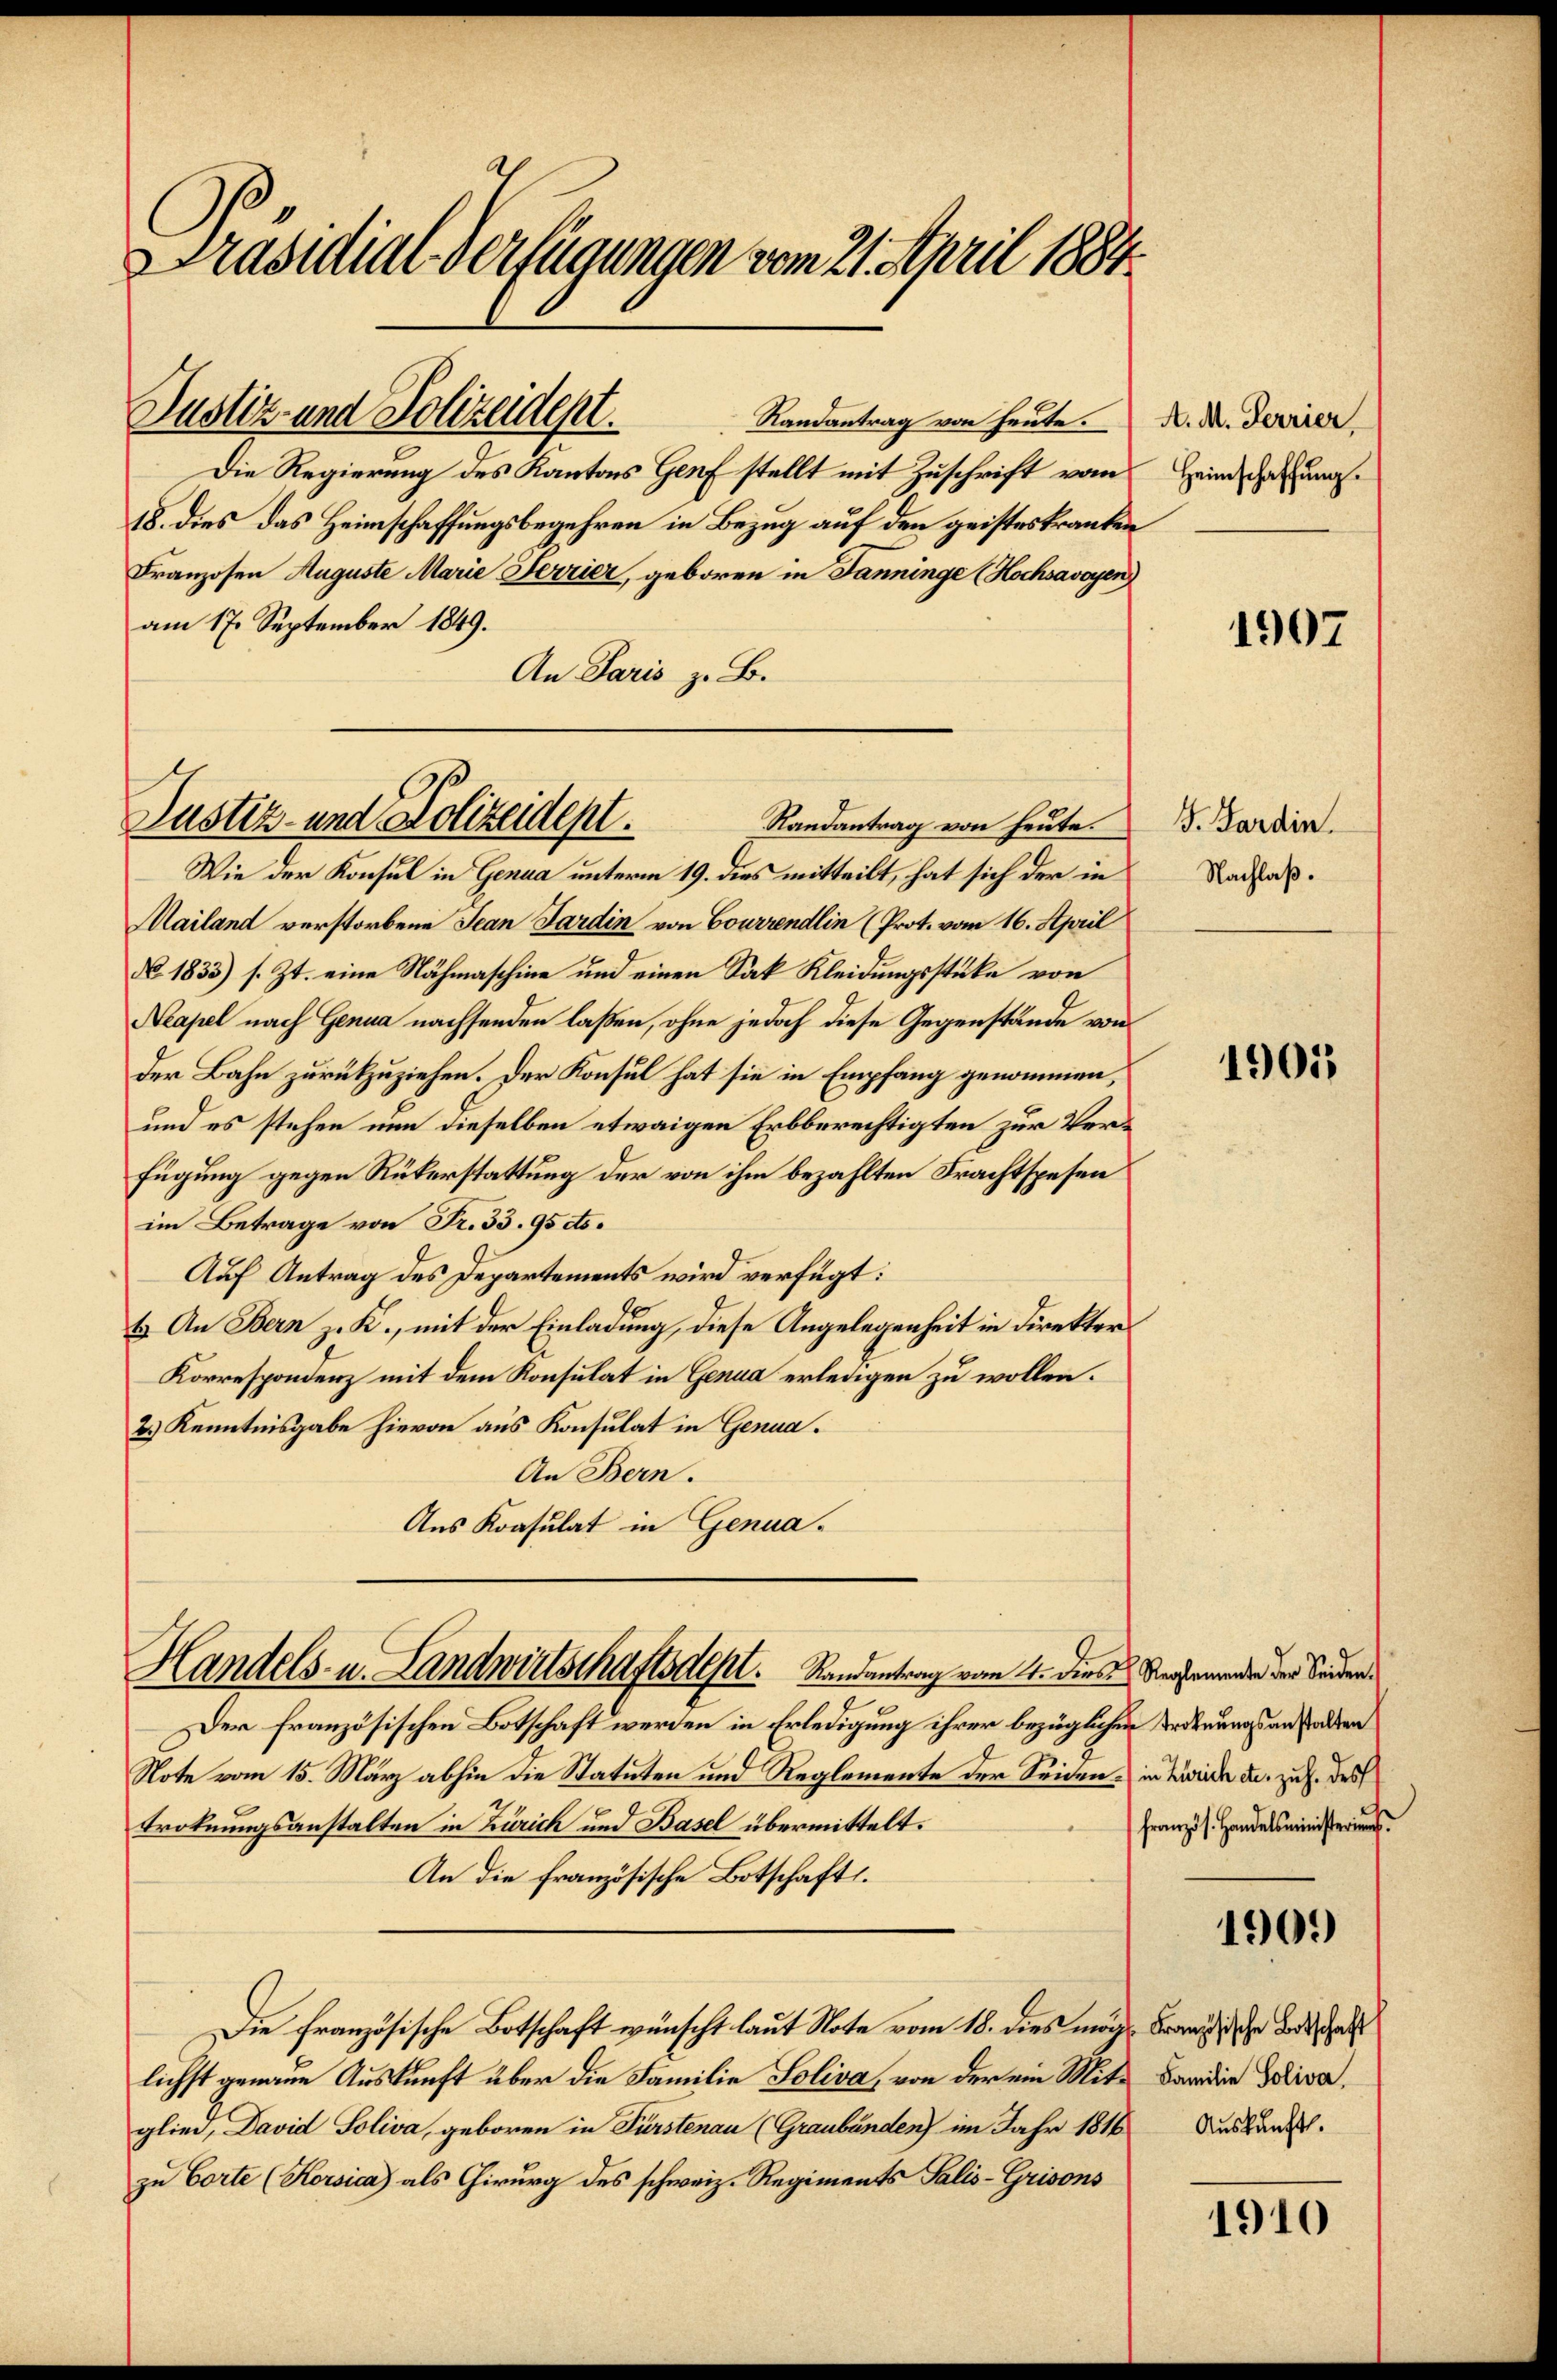
Präsidial-Verfügungen vom 21. April 1884.

Randantrag von heute.
Die Regierung des Kantons Genf stellt mit Zuschrift vom
18. dies das Heimschaffungsbegehren in Bezug auf den geisteskranken
Franzosen Auguste Marie Ferrier, geboren in Janninge (Hochsavoyen)
am 17. September 1849.
An Paris z. B.

Justiz- und Polizeident.

Wie der Konsul in Genua unterm 19. dies mitteilt, hat sich der in
Mailand verstorbene Jean Pardin von Courrendlin (Prot. vom 16. April
No. 1833) s. Zt. eine Nähmaschine und einen Sak Kleidungsstüke von
Neapel nach Genua nachsenden laßen, ohne jedoch diese Gegenstände von
der Bahn zurückzuziehen. Der Konsul hat sie in Empfang genommen,
und es stehen nun dieselben etwaigen Erbberechtigten zur Verfügung gegen Rükerstattung der von ihm bezahlten Frachtspesen
im Betrage von Fr. 33. 95 cts.
Auf Antrag des Departements wird verfügt:
b. An Bern z. K., mit der Einladung, diese Angelegenheit in Direkter
Korrespondenz mit dem Konsulat in Genua erledigen zu wollen.
2.) Kenntnisgabe hievon aus Konsulat in Genua.
An Bern.
Aus Konsulat in Genua¬

Justiz- und Polizeident.
Randantrag von heute.

Handels- u. Landwirtschaftsdept. Randantrag vom 4. Dies Versame der Sonder

Der französischen Botschaft werden in Erledigung ihrer bezüglichen Ordnungsanstalden
Note vom 15. März abhin die Statuten und Reglemente der Seiden in Zürich das zu f. des
troknungsanstalten in Zürich und Basel übermittelt.
An die französische Botschaft.
Die Französische Botschaft wünscht laut Note vom 18. dies möglichst genaue Auskunft über die Familie Soliva, von der ein Mite Bandin Boliva,
glied, David Soliva, geboren in Fürstenau (Graubünden) im Jahr 1816 Ausland.
zu Corte (Korsica als Chirurg des schweiz. Regiments Salis-Grisons

A. M. Perrier
Heimschaffung.

1907

G. Sardin.
Nachlaß.

1905

Französ. Handelsministeriums.

1909

Französische Botschaft

1910